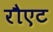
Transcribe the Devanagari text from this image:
रौएट